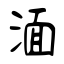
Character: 湎